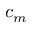
c _ { m }